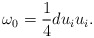
\begin{align*}\omega _0=\frac 14du_iu_i. \end{align*}